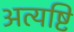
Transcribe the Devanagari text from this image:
अत्यष्टि